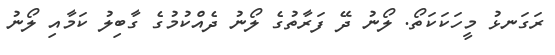
ރަގަނޅު މީހަކަކަތޯ. ލޯނު ދޭ ފަރާތުގެ ލޯނު ދެއްކުމުގެ ގާބިލު ކަމާއި ލޯނު